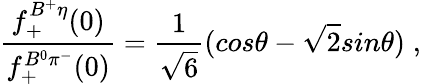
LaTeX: \frac{f_{+}^{B^{+}\eta}(0)}{f_{+}^{B^{0}\pi^{-}}(0)}=\frac{1}{{\sqrt 6}}(cos\theta-{\sqrt 2}sin\theta)\; ,